Report of the Hyderabad Chloroform Commission
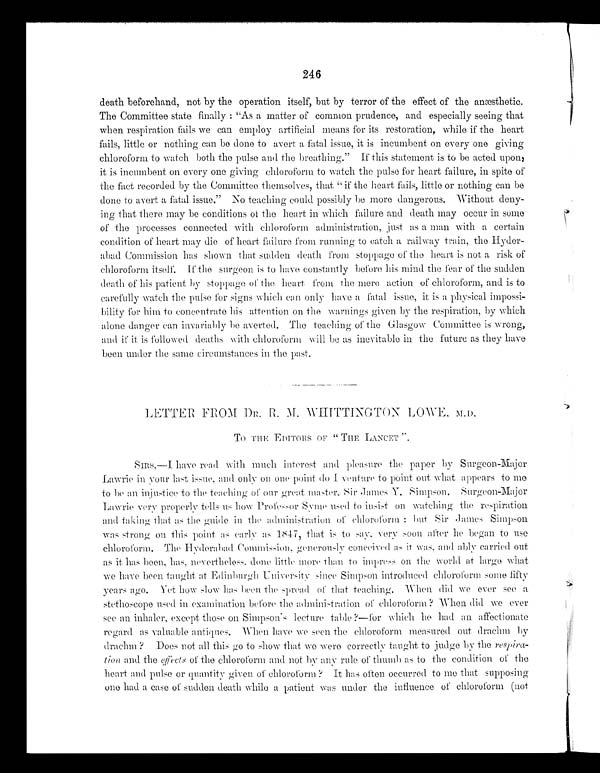
246
death beforehand, not by the operation itself, but by terror of the effect of the anesthetic.
The Committee state finally: "As a matter of common prudence, and especially seeing that
when respiration fails we can employ artificial means for its restoration, while if the heart
fails, little or nothing can be done to avert a fatal issue, it is incumbent on every one giving
chloroform to watch both the pulse and the breathing." If this statement is to be acted upon,
it is incumbent on every one giving chloroform to watch the pulse for heart failure, in spite of
the fact recorded by the Committee themselves, that "if the heart fails, little or nothing can be
done to avert a fatal issue." No teaching could possibly be more dangerous. Without deny-
ing that there may be conditions of the heart in which failure and death may occur in some
of the processes connected with chloroform administration, just as a man with a certain
condition of heart may die of heart failure from running to catch a railway train, the Hyder-
abad Commission has shown that sudden death from stoppage of the heart is not a risk of
chloroform itself. If the surgeon is to have constantly before his mind the fear of the sudden
death of his patient by stoppage of the heart from the mere action of chloroform, and is to
carefully watch the pulse for signs which can only have a fatal issue, it is a physical impossi-
bility for him to concentrate his attention on the warnings given by the respiration, by which
alone danger can invariably be averted. The teaching of the Glasgow Committee is wrong,
and if it is followed deaths with chloroform will be as inevitable in the future as they have
been under the same circumstances in the past.
LETTER FROM DR. R. M. WHITTINGTON LOWE, M.D.
To THE EDITORS OF " THE LANCET ".
SIRS,—I have read with much interest and pleasure the paper by Surgeon-Major
Lawrie in your last issue, and only on one point do I venture to point out what appears to me
to be an injustice to the teaching of our great master, Sir James Y. Simpson. Surgeon-Major
Lawrie very properly tells us how Professor Syme used to insist- on watching the respiration
and taking that as the guide in the administration of chloroform; but Sir James Simpson
was strong on this point as early as 1847, that is to say, very soon after he began to use
chloroform. The Hyderabad Commission, generously conceived as it was, and ably carried out
as it has been, has, nevertheless, done little more than to impress on the world at large what
we have been taught at Edinburgh University since Simpson introduced chloroform some fifty
years ago. Yet how slow has been the spread of that teaching. -When did we ever see a
stethoscope used in examination before the administration of chloroform ? When did we ever
see an inhaler, except those on Simpson's lecture table?—for which he had an affectionate
regard as valuable antiques. When have we seen the chloroform measured out drachm by
drachm? Does not all this go to show that we were correctly taught to judge by the
r e s p i r a - t i o n a n d t h e e f f e c t s o f t h e c h l o r o f o r m a n d n o t b y a n y r u l e o f t h u m b a s t o t h e c o n d i t i o n o f t h e
heart and pulse or quantity given of chloroform? It has often occurred to me that supposing
one had a case of sudden death while a patient was under the influence of chloroform (not